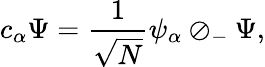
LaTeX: c_{\alpha}\Psi={\frac{1}{\sqrt{N}}}\psi_{\alpha}\oslash_{-}\Psi,